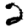
Digit: 2